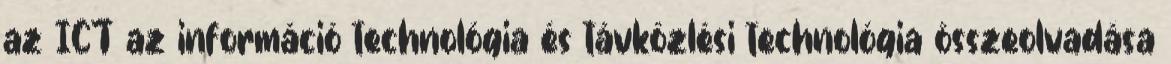
az ICT az információ technológia és távközlési technológia összeolvadása